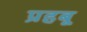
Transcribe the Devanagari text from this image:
प्रहबू